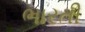
ભારતી